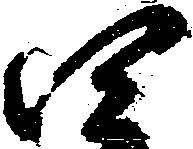
四